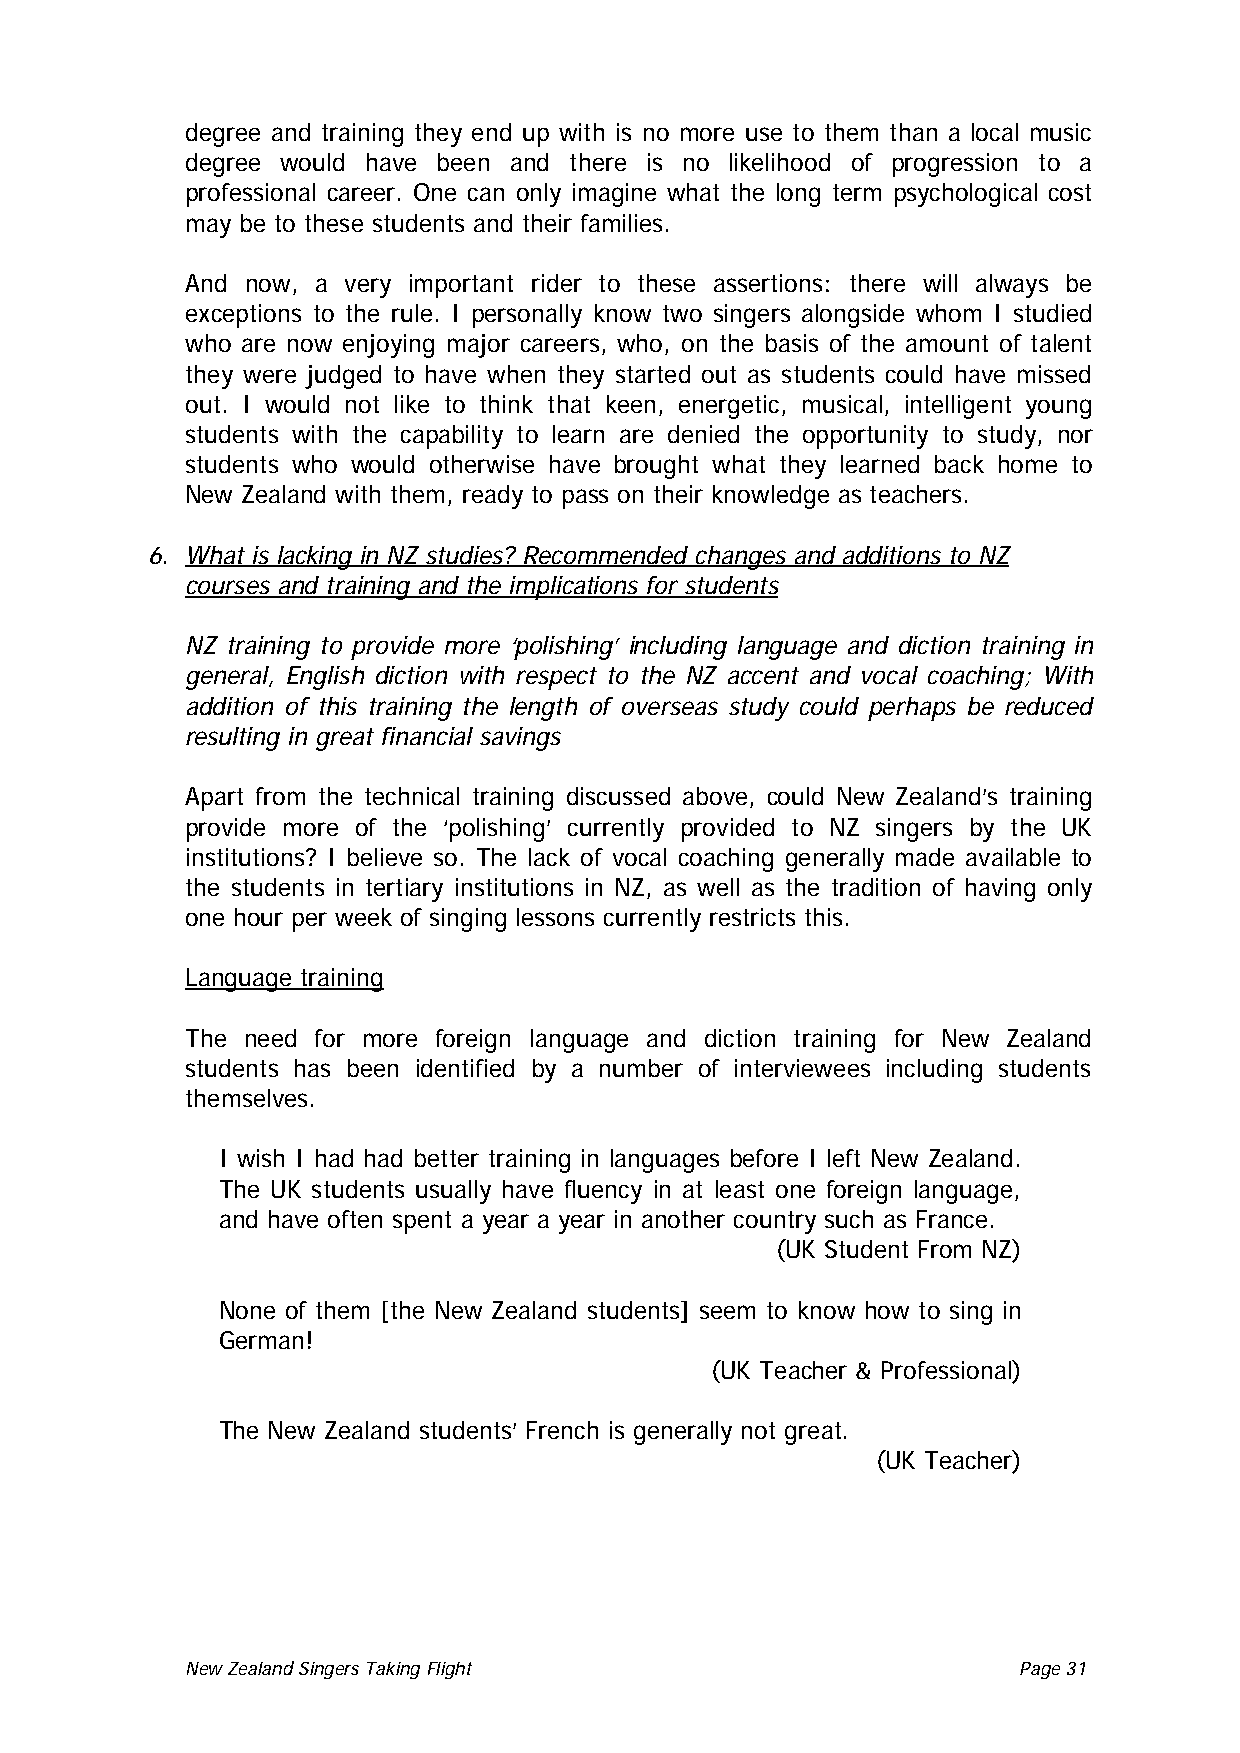
degree and training they end up with is no more use to them than a local music
 degree would have been and there is no likelihood of progression to a
 professional career. One can only imagine what the long term psychological cost
 may be to these students and their families.
 And now, a very important rider to these assertions: there will always be
 exceptions to the rule. I personally know two singers alongside whom I studied
 who are now enjoying major careers, who, on the basis of the amount of talent
 they were judged to have when they started out as students could have missed
 out. I would not like to think that keen, energetic, musical, intelligent young
 students with the capability to learn are denied the opportunity to study, nor
 students who would otherwise have brought what they learned back home to
 New Zealand with them, ready to pass on their knowledge as teachers.
 6. What is lacking in NZ studies? Recommended changes and additions to NZ
 courses and training and the implications for students
 NZ training to provide more ‘polishing’ including language and diction training in
 general, English diction with respect to the NZ accent and vocal coaching; With
 addition of this training the length of overseas study could perhaps be reduced
 resulting in great financial savings
 Apart from the technical training discussed above, could New Zealand’s training
 provide more of the ‘polishing’ currently provided to NZ singers by the UK
 institutions? I believe so. The lack of vocal coaching generally made available to
 the students in tertiary institutions in NZ, as well as the tradition of having only
 one hour per week of singing lessons currently restricts this.
 Language training
 The need for more foreign language and diction training for New Zealand
 students has been identified by a number of interviewees including students
 themselves.
 I wish I had had better training in languages before I left New Zealand.
 The UK students usually have fluency in at least one foreign language,
 and have often spent a year a year in another country such as France.
 (UK Student From NZ)
 None of them [the New Zealand students] seem to know how to sing in
 German!
 (UK Teacher & Professional)
 The New Zealand students’ French is generally not great.
 (UK Teacher)
 New Zealand Singers Taking Flight Page 31